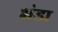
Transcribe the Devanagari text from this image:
भंडा